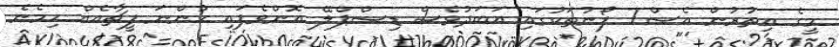
މީގެ އިތުރުން އެސް7 ފޯނުތަކުގައި އަބަދުވެސް ޑިސްޕްލޭ އޮންވެފައި ހުންނަ ފީޗާއެއް ހިމެނެ